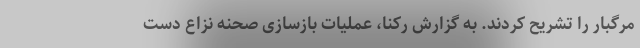
مرگبار را تشریح کردند. به گزارش رکنا، عملیات بازسازی صحنه نزاع دست